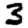
Digit: 3